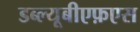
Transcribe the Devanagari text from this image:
डब्ल्यूबीएफ़एस